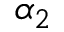
\alpha _ { 2 }